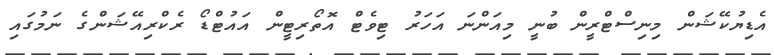
އެޑިޔުކޭޝަން މިނިސްޓްރީން ބުނީ މިއަންނަ އަހަރު ޓިވެޓް އޮތޯރިޓީން އައުޓްޑޯ ރެކްރިއޭޝަންގެ ނަމުގައި